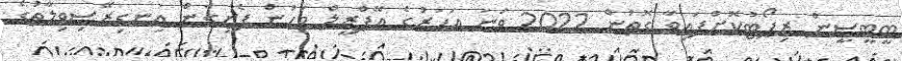
ބީބީސީން ރިޕޯޓުކޮށްފައިވާ ގޮތުން 2022 ވަނަ އަހަރުގެ އޭޕްރީލް މަހުން ފެށިގެން އިނގިރޭސިވިލާތުގެ